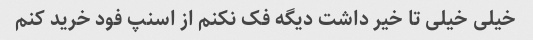
خیلی خیلی تا خیر داشت دیگه فک نکنم از اسنپ فود خرید کنم